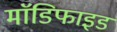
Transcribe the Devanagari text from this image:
माॅडिफाइड